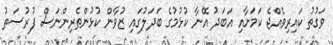
ވަގުތު ކައިރިވެއްޖެ ކަމަށާއި އަބަދު އޭނާ ކުޅުމުގެ ބަދަލުގައި ޒުވާން ކުޅުންތެރިންނަސް ފުރުސަތު